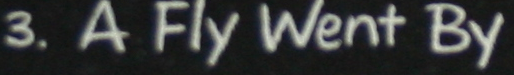
3. A Fly Went By